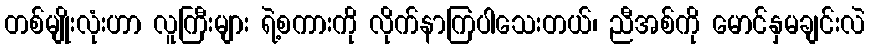
တစ်မျိုးလုံးဟာ လူကြီးများ ရဲ့စကားကို လိုက်နာကြပါသေးတယ်၊ ညီအစ်ကို မောင်နှမချင်းလဲ